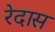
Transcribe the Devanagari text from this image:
रेदास